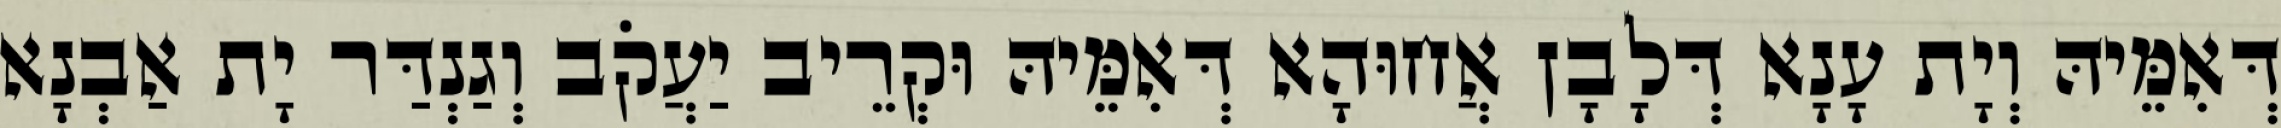
דְּאִמֵּיהּ וְיָת עָנָא דְּלָבָן אֲחוּהָא דְּאִמֵּיהּ וּקְרֵיב יַעֲקֹב וְגַנְדַּר יָת אַבְנָא